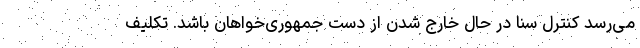
می‌رسد کنترل سنا در حال خارج شدن از دست جمهوری‌خواهان باشد. تکلیف